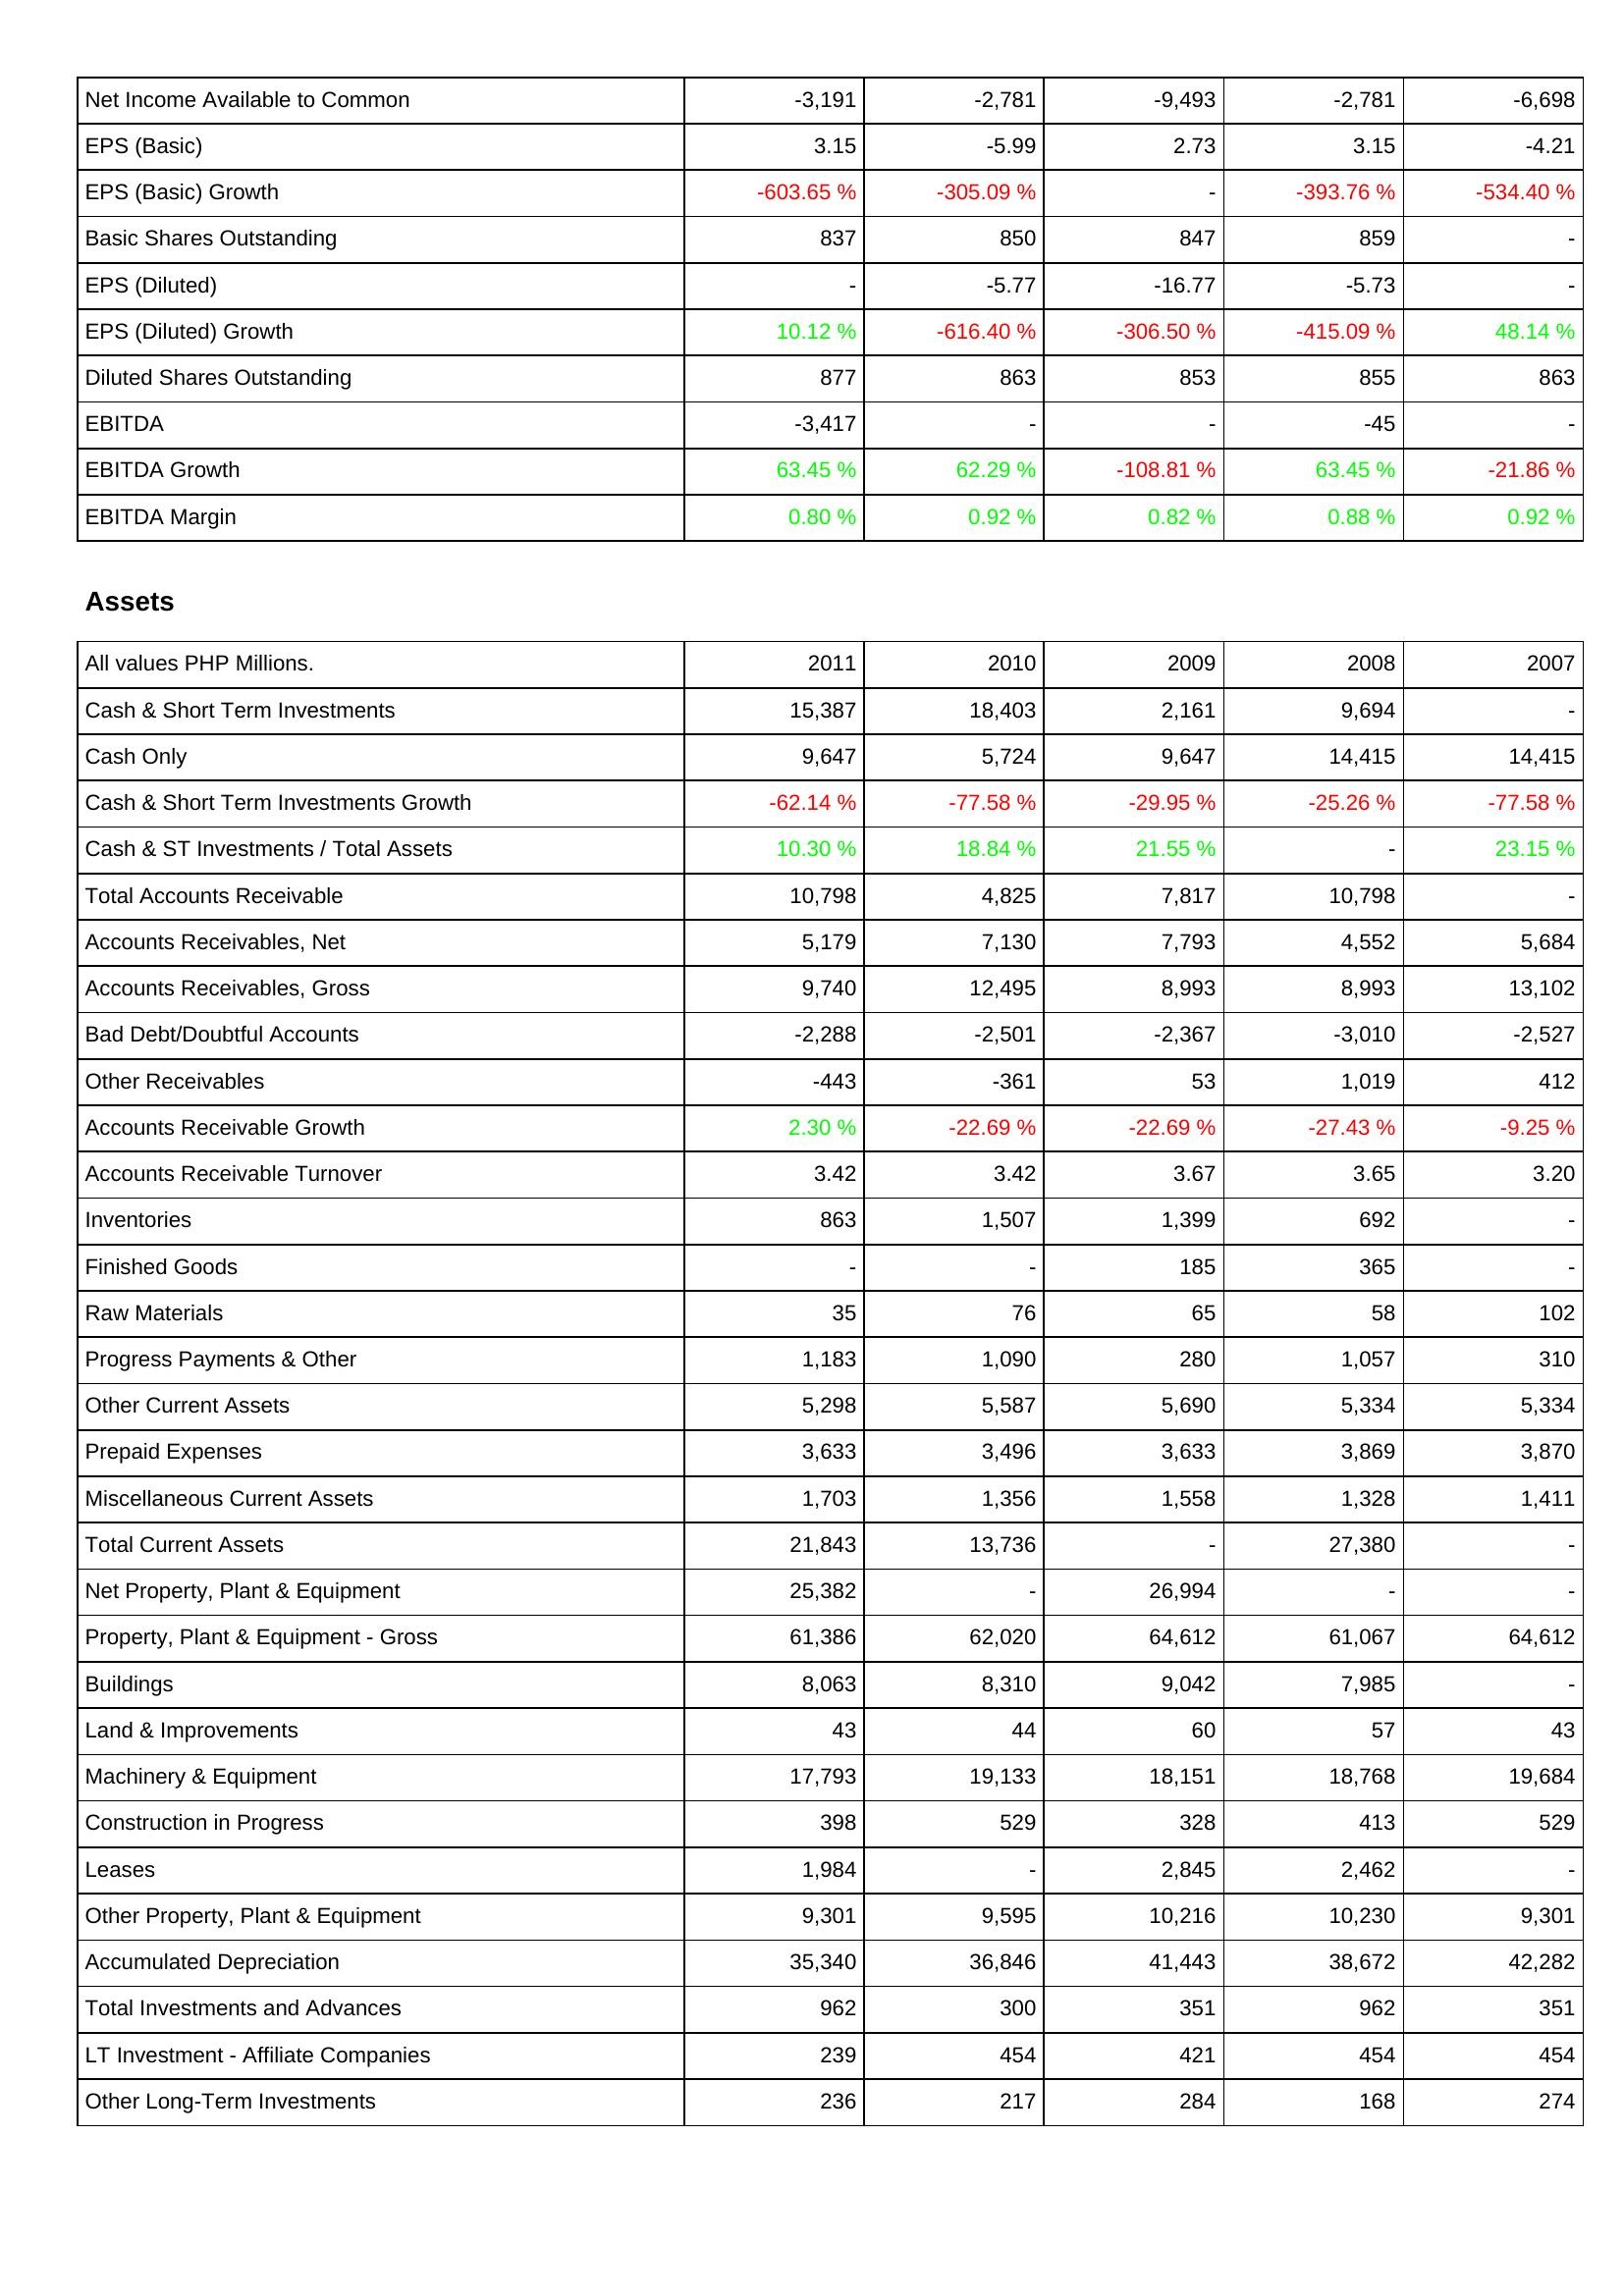
2011: Income Statement: Net Income Available to Common: -3,191
EPS (Basic): 3.15
EPS (Basic) Growth: -603.65 %
Basic Shares Outstanding: 837
EPS (Diluted): -
EPS (Diluted) Growth: 10.12 %
Diluted Shares Outstanding: 877
EBITDA: -3,417
EBITDA Growth: 63.45 %
EBITDA Margin: 0.80 %
Assets: Cash & Short Term Investments: 15,387
Cash Only: 9,647
Cash & Short Term Investments Growth: -62.14 %
Cash & ST Investments / Total Assets: 10.30 %
Total Accounts Receivable: 10,798
Accounts Receivables, Net: 5,179
Accounts Receivables, Gross: 9,740
Bad Debt/Doubtful Accounts: -2,288
Other Receivables: -443
Accounts Receivable Growth: 2.30 %
Accounts Receivable Turnover: 3.42
Inventories: 863
Finished Goods: -
Raw Materials: 35
Progress Payments & Other: 1,183
Other Current Assets: 5,298
Prepaid Expenses: 3,633
Miscellaneous Current Assets: 1,703
Total Current Assets: 21,843
Net Property, Plant & Equipment: 25,382
Property, Plant & Equipment - Gross: 61,386
Buildings: 8,063
Land & Improvements: 43
Machinery & Equipment: 17,793
Construction in Progress: 398
Leases: 1,984
Other Property, Plant & Equipment: 9,301
Accumulated Depreciation: 35,340
Total Investments and Advances: 962
LT Investment - Affiliate Companies: 239
Other Long-Term Investments: 236
2010: Income Statement: Net Income Available to Common: -2,781
EPS (Basic): -5.99
EPS (Basic) Growth: -305.09 %
Basic Shares Outstanding: 850
EPS (Diluted): -5.77
EPS (Diluted) Growth: -616.40 %
Diluted Shares Outstanding: 863
EBITDA: -
EBITDA Growth: 62.29 %
EBITDA Margin: 0.92 %
Assets: Cash & Short Term Investments: 18,403
Cash Only: 5,724
Cash & Short Term Investments Growth: -77.58 %
Cash & ST Investments / Total Assets: 18.84 %
Total Accounts Receivable: 4,825
Accounts Receivables, Net: 7,130
Accounts Receivables, Gross: 12,495
Bad Debt/Doubtful Accounts: -2,501
Other Receivables: -361
Accounts Receivable Growth: -22.69 %
Accounts Receivable Turnover: 3.42
Inventories: 1,507
Finished Goods: -
Raw Materials: 76
Progress Payments & Other: 1,090
Other Current Assets: 5,587
Prepaid Expenses: 3,496
Miscellaneous Current Assets: 1,356
Total Current Assets: 13,736
Net Property, Plant & Equipment: -
Property, Plant & Equipment - Gross: 62,020
Buildings: 8,310
Land & Improvements: 44
Machinery & Equipment: 19,133
Construction in Progress: 529
Leases: -
Other Property, Plant & Equipment: 9,595
Accumulated Depreciation: 36,846
Total Investments and Advances: 300
LT Investment - Affiliate Companies: 454
Other Long-Term Investments: 217
2009: Income Statement: Net Income Available to Common: -9,493
EPS (Basic): 2.73
EPS (Basic) Growth: -
Basic Shares Outstanding: 847
EPS (Diluted): -16.77
EPS (Diluted) Growth: -306.50 %
Diluted Shares Outstanding: 853
EBITDA: -
EBITDA Growth: -108.81 %
EBITDA Margin: 0.82 %
Assets: Cash & Short Term Investments: 2,161
Cash Only: 9,647
Cash & Short Term Investments Growth: -29.95 %
Cash & ST Investments / Total Assets: 21.55 %
Total Accounts Receivable: 7,817
Accounts Receivables, Net: 7,793
Accounts Receivables, Gross: 8,993
Bad Debt/Doubtful Accounts: -2,367
Other Receivables: 53
Accounts Receivable Growth: -22.69 %
Accounts Receivable Turnover: 3.67
Inventories: 1,399
Finished Goods: 185
Raw Materials: 65
Progress Payments & Other: 280
Other Current Assets: 5,690
Prepaid Expenses: 3,633
Miscellaneous Current Assets: 1,558
Total Current Assets: -
Net Property, Plant & Equipment: 26,994
Property, Plant & Equipment - Gross: 64,612
Buildings: 9,042
Land & Improvements: 60
Machinery & Equipment: 18,151
Construction in Progress: 328
Leases: 2,845
Other Property, Plant & Equipment: 10,216
Accumulated Depreciation: 41,443
Total Investments and Advances: 351
LT Investment - Affiliate Companies: 421
Other Long-Term Investments: 284
2008: Income Statement: Net Income Available to Common: -2,781
EPS (Basic): 3.15
EPS (Basic) Growth: -393.76 %
Basic Shares Outstanding: 859
EPS (Diluted): -5.73
EPS (Diluted) Growth: -415.09 %
Diluted Shares Outstanding: 855
EBITDA: -45
EBITDA Growth: 63.45 %
EBITDA Margin: 0.88 %
Assets: Cash & Short Term Investments: 9,694
Cash Only: 14,415
Cash & Short Term Investments Growth: -25.26 %
Cash & ST Investments / Total Assets: -
Total Accounts Receivable: 10,798
Accounts Receivables, Net: 4,552
Accounts Receivables, Gross: 8,993
Bad Debt/Doubtful Accounts: -3,010
Other Receivables: 1,019
Accounts Receivable Growth: -27.43 %
Accounts Receivable Turnover: 3.65
Inventories: 692
Finished Goods: 365
Raw Materials: 58
Progress Payments & Other: 1,057
Other Current Assets: 5,334
Prepaid Expenses: 3,869
Miscellaneous Current Assets: 1,328
Total Current Assets: 27,380
Net Property, Plant & Equipment: -
Property, Plant & Equipment - Gross: 61,067
Buildings: 7,985
Land & Improvements: 57
Machinery & Equipment: 18,768
Construction in Progress: 413
Leases: 2,462
Other Property, Plant & Equipment: 10,230
Accumulated Depreciation: 38,672
Total Investments and Advances: 962
LT Investment - Affiliate Companies: 454
Other Long-Term Investments: 168
2007: Income Statement: Net Income Available to Common: -6,698
EPS (Basic): -4.21
EPS (Basic) Growth: -534.40 %
Basic Shares Outstanding: -
EPS (Diluted): -
EPS (Diluted) Growth: 48.14 %
Diluted Shares Outstanding: 863
EBITDA: -
EBITDA Growth: -21.86 %
EBITDA Margin: 0.92 %
Assets: Cash & Short Term Investments: -
Cash Only: 14,415
Cash & Short Term Investments Growth: -77.58 %
Cash & ST Investments / Total Assets: 23.15 %
Total Accounts Receivable: -
Accounts Receivables, Net: 5,684
Accounts Receivables, Gross: 13,102
Bad Debt/Doubtful Accounts: -2,527
Other Receivables: 412
Accounts Receivable Growth: -9.25 %
Accounts Receivable Turnover: 3.20
Inventories: -
Finished Goods: -
Raw Materials: 102
Progress Payments & Other: 310
Other Current Assets: 5,334
Prepaid Expenses: 3,870
Miscellaneous Current Assets: 1,411
Total Current Assets: -
Net Property, Plant & Equipment: -
Property, Plant & Equipment - Gross: 64,612
Buildings: -
Land & Improvements: 43
Machinery & Equipment: 19,684
Construction in Progress: 529
Leases: -
Other Property, Plant & Equipment: 9,301
Accumulated Depreciation: 42,282
Total Investments and Advances: 351
LT Investment - Affiliate Companies: 454
Other Long-Term Investments: 274